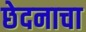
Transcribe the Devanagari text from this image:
छेदनाचा